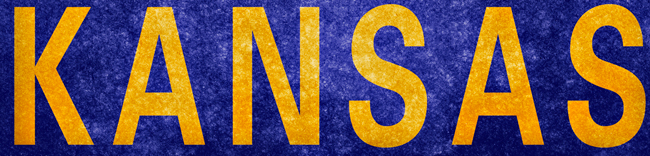
KANSAS